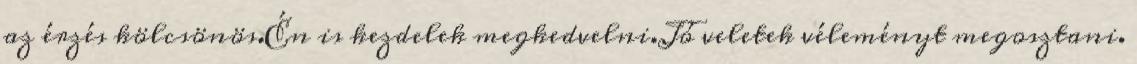
az érzés kölcsönös.Én is kezdelek megkedvelni.Jó veletek véleményt megosztani.